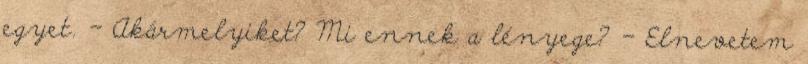
egyet. - Akármelyiket? Mi ennek a lényege? - Elnevetem